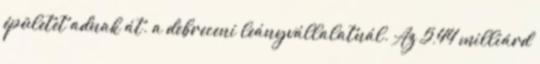
épületet adnak át. a debreceni leányvállalatnál. Az 5,44 milliárd